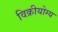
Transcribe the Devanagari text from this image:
विक्रीयोग्य